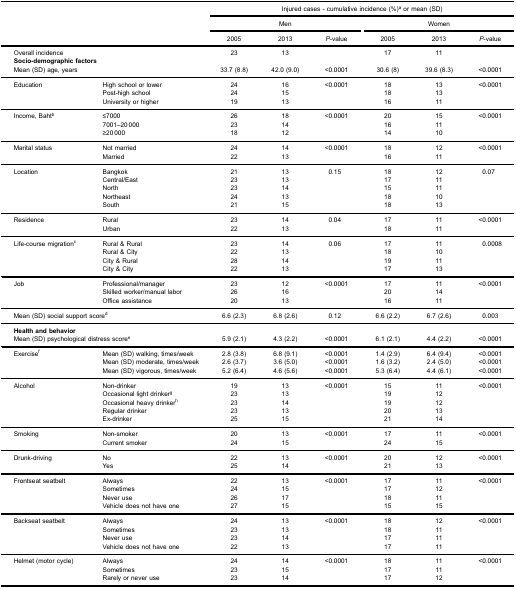
<table><thead><tr><td rowspan="5" colspan="2"><b> </b></td><td colspan="6"><b>Injured cases - cumulative incidence (%)<sup>a</sup> or mean (SD)</b></td></tr><tr><td colspan="3"><b>Men</b></td><td colspan="3"><b>Women</b></td></tr><tr><td><b>2005</b></td><td><b>2013</b></td><td><b><i>P</i>-value</b></td><td><b>2005</b></td><td><b>2013</b></td><td><b><i>P</i>-value</b></td></tr></thead><tbody><tr><td colspan="2">Overall incidence</td><td>23</td><td>13</td><td> </td><td>17</td><td>11</td><td> </td></tr><tr><td colspan="8"><b>Socio-demographic factors</b></td></tr><tr><td colspan="2">Mean (SD) age, years</td><td>33.7 (8.8)</td><td>42.0 (9.0)</td><td>&lt;0.0001</td><td>30.6 (8)</td><td>39.6 (8.3)</td><td>&lt;0.0001</td></tr><tr><td rowspan="3">Education</td><td>High school or lower</td><td>24</td><td>16</td><td rowspan="3">&lt;0.0001</td><td>18</td><td>13</td><td rowspan="3">&lt;0.0001</td></tr><tr><td>Post-high school</td><td>24</td><td>15</td><td>18</td><td>13</td></tr><tr><td>University or higher</td><td>19</td><td>13</td><td>16</td><td>11</td></tr><tr><td rowspan="3">Income, Baht<sup>b</sup></td><td>≤7000</td><td>26</td><td>18</td><td rowspan="3">&lt;0.0001</td><td>20</td><td>15</td><td rowspan="3">&lt;0.0001</td></tr><tr><td>7001–20 000</td><td>23</td><td>14</td><td>16</td><td>11</td></tr><tr><td>≥20 000</td><td>18</td><td>12</td><td>14</td><td>10</td></tr><tr><td rowspan="2">Marital status</td><td>Not married</td><td>24</td><td>14</td><td rowspan="2">&lt;0.0001</td><td>18</td><td>12</td><td rowspan="2">&lt;0.0001</td></tr><tr><td>Married</td><td>22</td><td>13</td><td>16</td><td>11</td></tr><tr><td rowspan="5">Location</td><td>Bangkok</td><td>21</td><td>13</td><td rowspan="5">0.15</td><td>18</td><td>12</td><td rowspan="5">0.07</td></tr><tr><td>Central/East</td><td>23</td><td>13</td><td>17</td><td>11</td></tr><tr><td>North</td><td>23</td><td>14</td><td>15</td><td>11</td></tr><tr><td>Northeast</td><td>24</td><td>13</td><td>18</td><td>10</td></tr><tr><td>South</td><td>21</td><td>15</td><td>18</td><td>13</td></tr><tr><td rowspan="2">Residence</td><td>Rural</td><td>23</td><td>14</td><td rowspan="2">0.04</td><td>17</td><td>11</td><td rowspan="2">&lt;0.0001</td></tr><tr><td>Urban</td><td>22</td><td>13</td><td>18</td><td>11</td></tr><tr><td rowspan="4">Life-course migration<sup>c</sup></td><td>Rural &amp; Rural</td><td>23</td><td>14</td><td rowspan="4">0.06</td><td>17</td><td>11</td><td rowspan="4">0.0008</td></tr><tr><td>Rural &amp; City</td><td>22</td><td>13</td><td>18</td><td>10</td></tr><tr><td>City &amp; Rural</td><td>28</td><td>14</td><td>19</td><td>11</td></tr><tr><td>City &amp; City</td><td>22</td><td>13</td><td>17</td><td>13</td></tr><tr><td rowspan="3">Job</td><td>Professional/manager</td><td>23</td><td>12</td><td rowspan="3">&lt;0.0001</td><td>17</td><td>11</td><td rowspan="3">&lt;0.0001</td></tr><tr><td>Skilled worker/manual labor</td><td>26</td><td>16</td><td>20</td><td>14</td></tr><tr><td>Office assistance</td><td>20</td><td>13</td><td>16</td><td>11</td></tr><tr><td colspan="2">Mean (SD) social support score<sup>d</sup></td><td>6.6 (2.3)</td><td>6.8 (2.6)</td><td>0.12</td><td>6.6 (2.2)</td><td>6.7 (2.6)</td><td>0.003</td></tr><tr><td colspan="8"><b>Health and behavior</b></td></tr><tr><td colspan="2">Mean (SD) psychological distress score<sup>e</sup></td><td>5.9 (2.1)</td><td>4.3 (2.2)</td><td>&lt;0.0001</td><td>6.1 (2.1)</td><td>4.4 (2.2)</td><td>&lt;0.0001</td></tr><tr><td rowspan="3">Exercise<sup>f</sup></td><td>Mean (SD) walking, times/week</td><td>2.8 (3.8)</td><td>6.8 (9.1)</td><td>&lt;0.0001</td><td>1.4 (2.9)</td><td>6.4 (9.4)</td><td>&lt;0.0001</td></tr><tr><td>Mean (SD) moderate, times/week</td><td>2.6 (3.7)</td><td>3.6 (5.0)</td><td>&lt;0.0001</td><td>1.6 (3.2)</td><td>2.4 (5.0)</td><td>&lt;0.0001</td></tr><tr><td>Mean (SD) vigorous, times/week</td><td>5.2 (6.4)</td><td>4.6 (5.6)</td><td>&lt;0.0001</td><td>5.3 (6.4)</td><td>4.4 (6.1)</td><td>&lt;0.0001</td></tr><tr><td rowspan="5">Alcohol</td><td>Non-drinker</td><td>19</td><td>13</td><td rowspan="5">&lt;0.0001</td><td>15</td><td>11</td><td rowspan="5">&lt;0.0001</td></tr><tr><td>Occasional light drinker<sup>g</sup></td><td>23</td><td>13</td><td>19</td><td>12</td></tr><tr><td>Occasional heavy drinker<sup>h</sup></td><td>23</td><td>14</td><td>19</td><td>12</td></tr><tr><td>Regular drinker</td><td>23</td><td>13</td><td>20</td><td>13</td></tr><tr><td>Ex-drinker</td><td>25</td><td>15</td><td>21</td><td>14</td></tr><tr><td rowspan="2">Smoking</td><td>Non-smoker</td><td>20</td><td>13</td><td rowspan="2">&lt;0.0001</td><td>17</td><td>11</td><td rowspan="2">&lt;0.0001</td></tr><tr><td>Current smoker</td><td>24</td><td>15</td><td>24</td><td>15</td></tr><tr><td rowspan="2">Drunk-driving</td><td>No</td><td>22</td><td>13</td><td rowspan="2">&lt;0.0001</td><td>20</td><td>12</td><td rowspan="2">&lt;0.0001</td></tr><tr><td>Yes</td><td>25</td><td>14</td><td>21</td><td>13</td></tr><tr><td rowspan="4">Frontseat seatbelt</td><td>Always</td><td>22</td><td>13</td><td rowspan="4">&lt;0.0001</td><td>17</td><td>11</td><td rowspan="4">&lt;0.0001</td></tr><tr><td>Sometimes</td><td>24</td><td>15</td><td>17</td><td>12</td></tr><tr><td>Never use</td><td>26</td><td>17</td><td>18</td><td>11</td></tr><tr><td>Vehicle does not have one</td><td>27</td><td>15</td><td>15</td><td>15</td></tr><tr><td rowspan="4">Backseat seatbelt</td><td>Always</td><td>24</td><td>13</td><td rowspan="4">&lt;0.0001</td><td>18</td><td>12</td><td rowspan="4">&lt;0.0001</td></tr><tr><td>Sometimes</td><td>23</td><td>13</td><td>18</td><td>11</td></tr><tr><td>Never use</td><td>23</td><td>14</td><td>17</td><td>11</td></tr><tr><td>Vehicle does not have one</td><td>22</td><td>13</td><td>17</td><td>11</td></tr><tr><td rowspan="3">Helmet (motor cycle)</td><td>Always</td><td>24</td><td>14</td><td rowspan="3">&lt;0.0001</td><td>18</td><td>11</td><td rowspan="3">&lt;0.0001</td></tr><tr><td>Sometimes</td><td>23</td><td>15</td><td>17</td><td>11</td></tr><tr><td>Rarely or never use</td><td>23</td><td>14</td><td>17</td><td>12</td></tr></tbody></table>